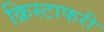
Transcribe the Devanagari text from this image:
क्रिस्टाफरी